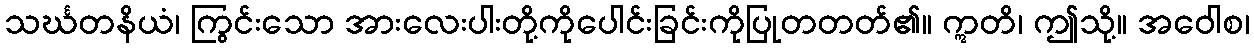
သင်္ဃတနိယံ၊ ကြွင်းသော အားလေးပါးတို့ကိုပေါင်းခြင်းကိုပြုတတတ်၏။ ဣတိ၊ ဤသို့။ အဝေါစ၊